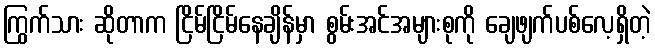
ကြွက်သား ဆိုတာက ငြိမ်ငြိမ်နေချိန်မှာ စွမ်းအင်အများစုကို ချေဖျက်ပစ်လေ့ရှိတဲ့